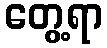
တွေ့ရာ